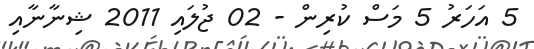
5 އަހަރު 5 މަސް ކުރިން - 02 ޖުލައި 2011 ޝިނާނާއި